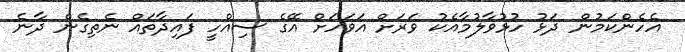
އެހެންކަމުން ދަޅު ހުޅުވާލުމާއެކު ވަރަށް އަވަހަށް އޭގެ ސިއްހީ ފައިދާތައް ނެތިގެން ދާނެ